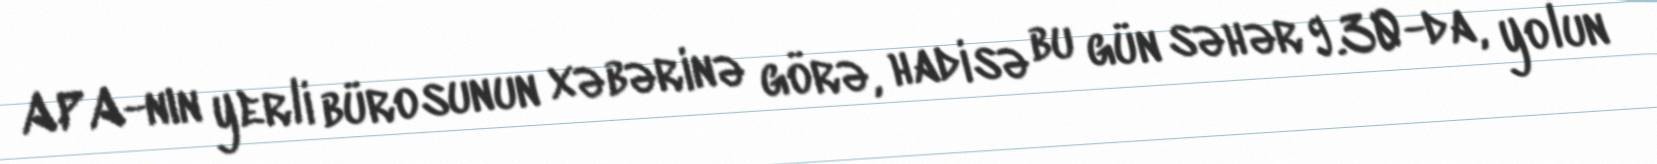
APA-nın yerli bürosunun xəbərinə görə, hadisə bu gün səhər 9.30-da, yolun